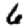
Digit: 6